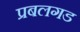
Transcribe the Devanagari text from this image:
प्रबलगड